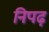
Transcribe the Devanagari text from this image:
निपढ़